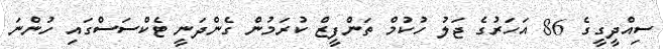
ސިއްދީގީގެ 86 އަހަރުގެ ޖަލު ހުކުމް ތަންފީޒް ކުރަމުން ގެންދަނީ ޓެކްސަސްގައި ހުންނަ